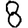
Digit: 8